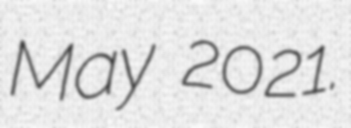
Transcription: May 2021.